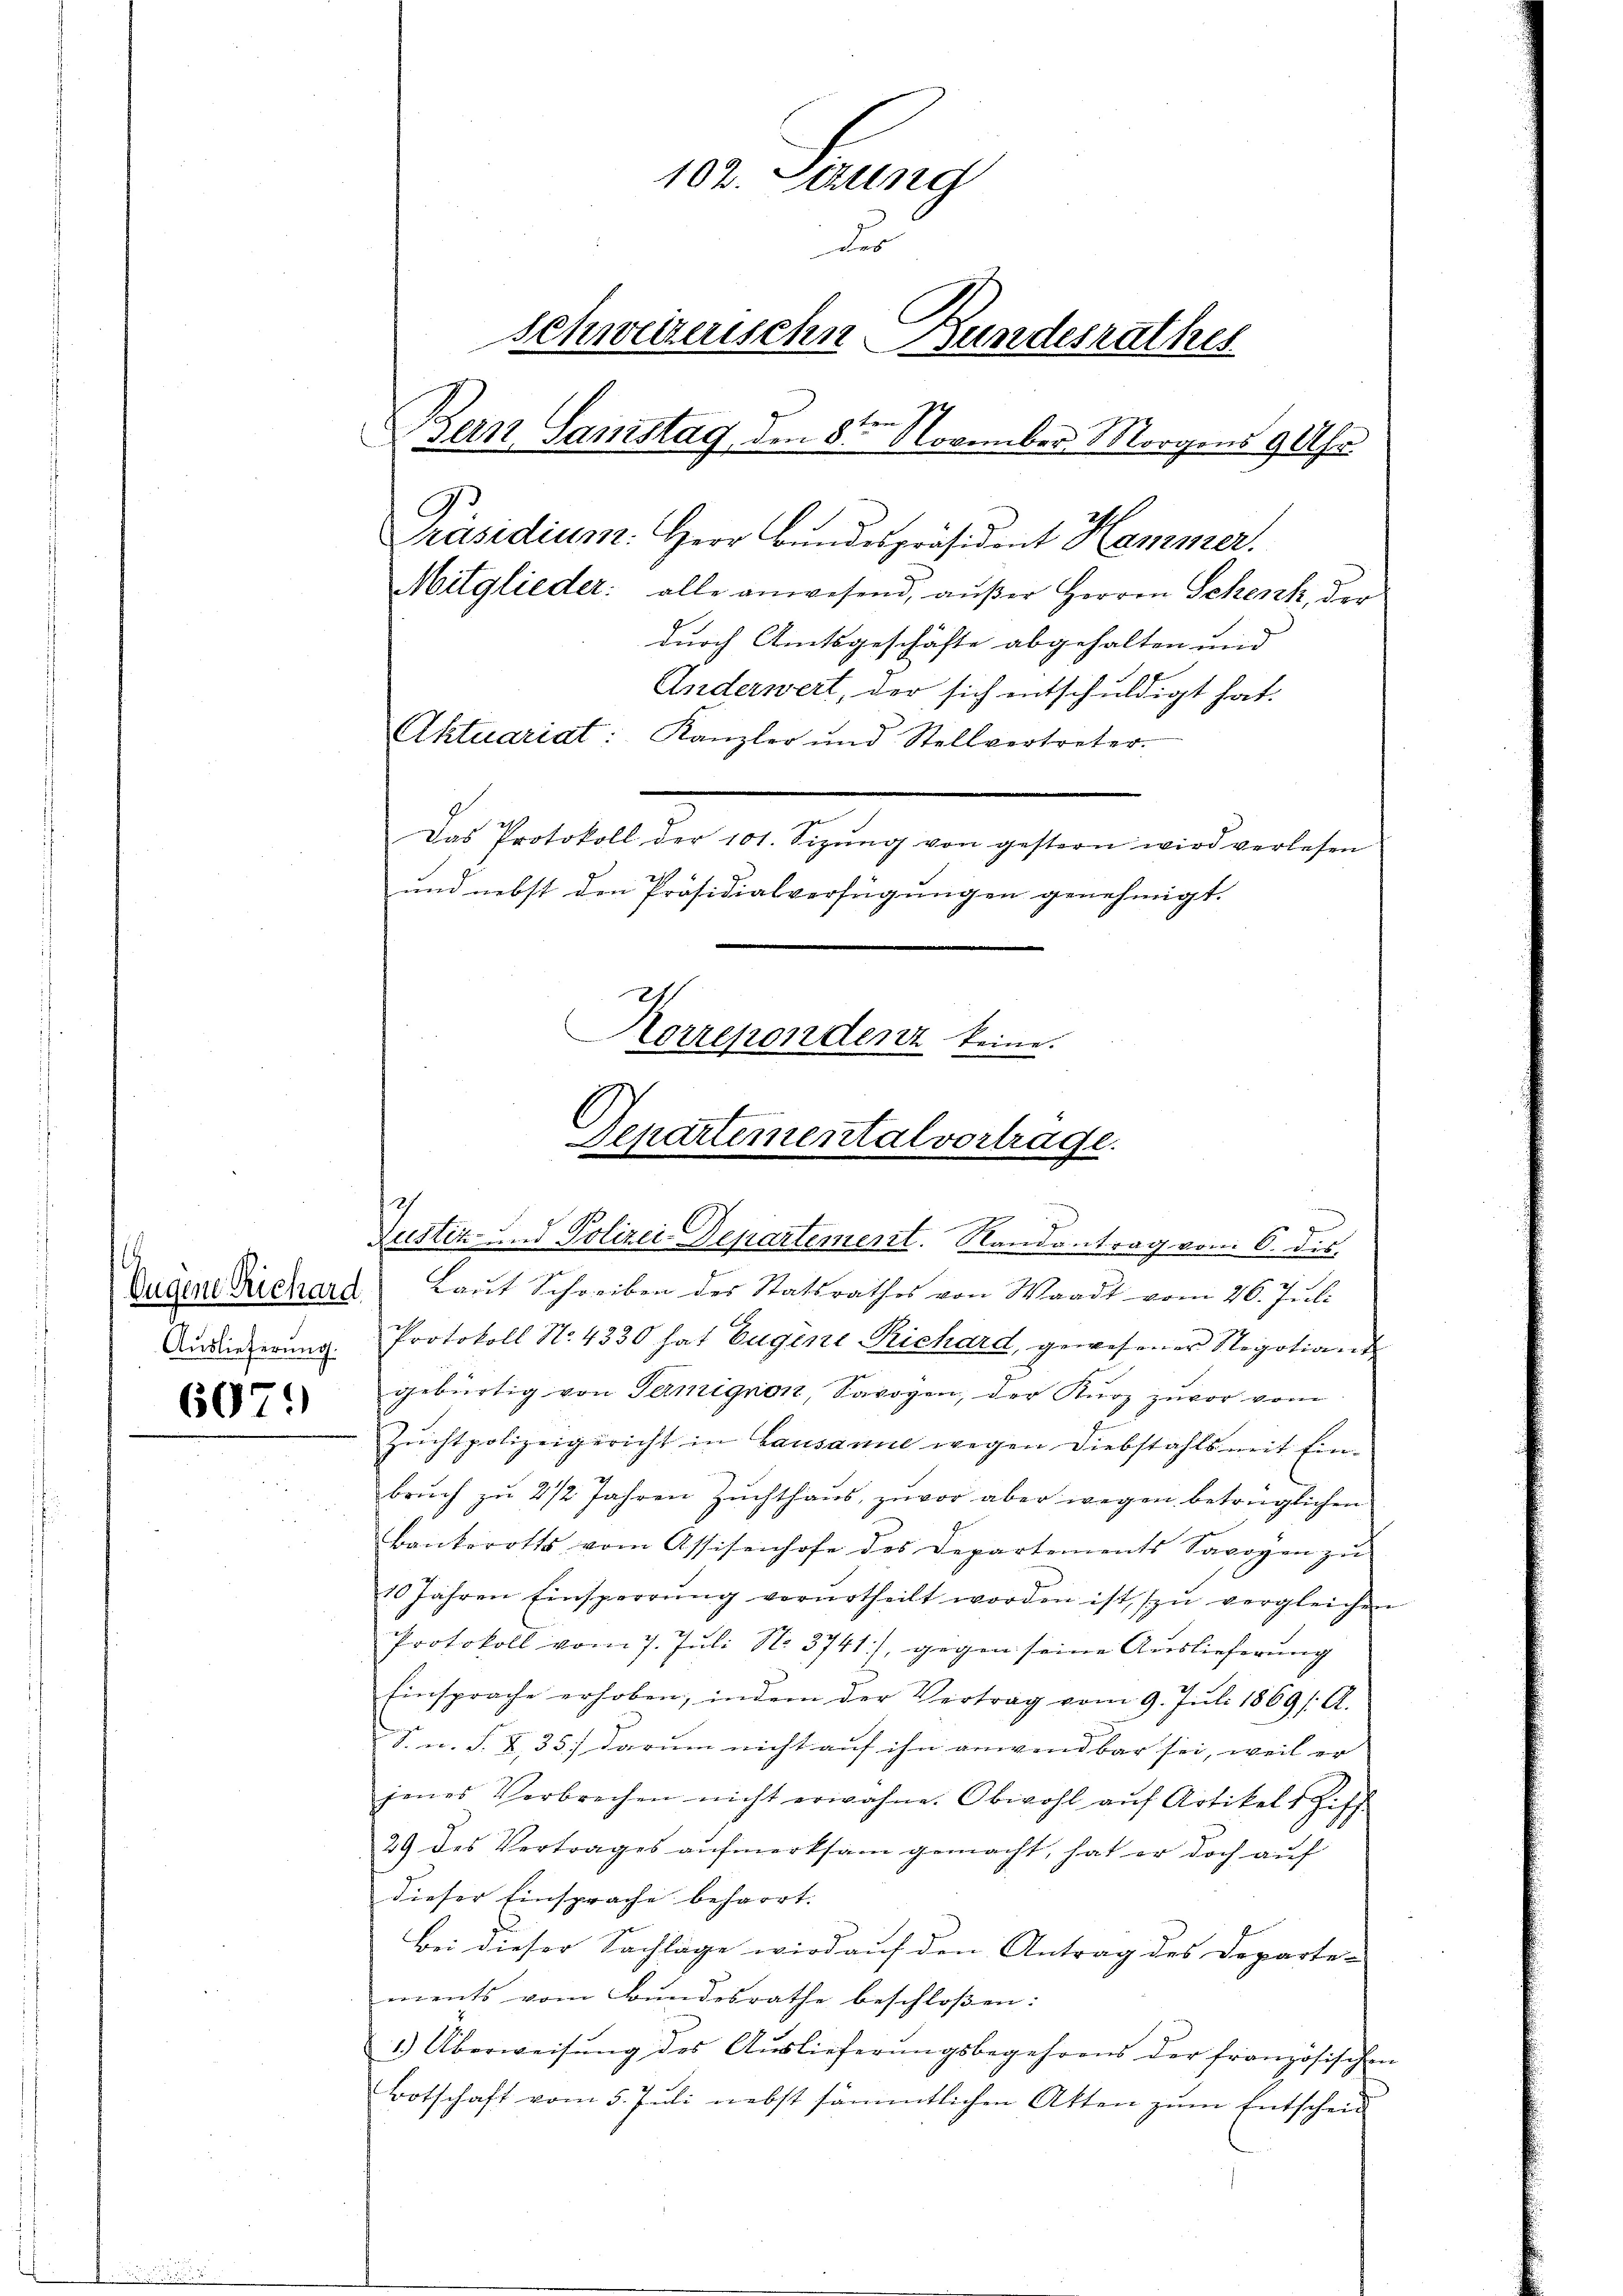
¬
Auslieferung.
607.)

102. Seung
Der
Schweizenschn Bundesrathes
Bern Samstag den 8te͇n November. Morgens 9 Uhr
Präsidium. Herr Bundespräsident Hammer.
durch Amtsgeschäfte abgehalten und
Anderwert, der sich entschuldigt hat.
Aktuariat: Kanzler und Stellvertreter-
Das Protokoll der 101. Sizŭng von gestern wird verlesen
und nebst den Präsidialverfügungen genehmigt.
Aorrepondenz keine

Eugene Richard Laut Schreiben des Statsrathes von Waadt vom 26. Juli
Protokoll No. 4330 hat Eugene-Richard, gewesener Regotionen
gebürtig von Termignon, Savoyen, der Kurz zuvor vom
Zŭchtpolizeigericht in Lausanne wegen Diebstahls mit Einbrŭch zu 2 1/2 Jahren Zŭchthaŭs, zuvor aber wegen betrüglichen
Bankerotts vom Assisenhofe des Departements Savoyen zŭ
10 Jahren Einsperrŭng verurtheilt worden ist zŭ vergleichen
Protokoll vom 7. Juli N. 3741), gegen seine Auslieferung
Einsprache erhoben, indem der Vertrag vom 9. Jŭli 1869/. A.
S. n. F. X,35) darum nicht auf ihn anwendbar sei, weil er
jenes Verbrechen nicht erwähne. Obwohl aŭf Artikels Ziff.
29 des Vertrages aufmerksam gemacht, hat er doch auf
dieser Einsprache beharrt.
Bei dieser Sachläge wird auf den Antrag des Departe-
ments vom Bundesrathe beschloßen:
1.) Überweisŭng des Aŭslieferŭngsbegehrens der französischen
Botschaft vom 5. Juli nebst sämmtlichen Akten zum Entschein

Mitglieder: alle anwesend, außer Herren Schenk, der

Departemental vortrage.
Zustiz- und Polizei Departement. Randantrag vom 6. dis